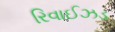
રિવાઈઝડ